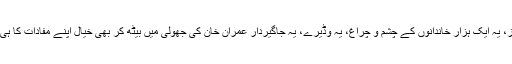
یہ الیکٹ ایبلز، یہ ایک ہزار خاندانوں کے چشم و چراغ، یہ وڈیرے، یہ جاگیردار عمران خان کی جھولی میں بیٹھ کر بھی خیال اپنے مفادات کا ہی رکھیں گے۔